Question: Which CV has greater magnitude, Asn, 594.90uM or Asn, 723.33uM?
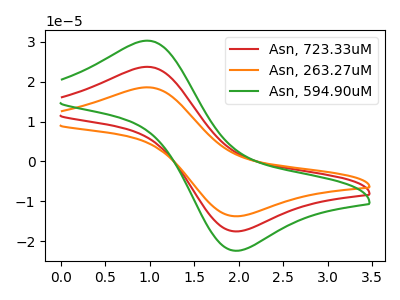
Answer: <think>The red curve "Asn, 723.33uM" has an anodic peak at (0.95V, 23.75uA) and a cathodic peak at (2.00V, -17.55uA). The orange curve "Asn, 263.27uM" has an anodic peak at (0.95V, 47.50uA) and a cathodic peak at (2.00V, -35.10uA). The green curve "Asn, 594.90uM" has an anodic peak at (0.95V, 30.30uA) and a cathodic peak at (2.00V, -22.40uA).
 All the peaks in "Asn, 594.90uM" have a peak in "Asn, 723.33uM" at the same potential. Every peak in "Asn, 594.90uM" is higher than every peak in "Asn, 723.33uM".</think>
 <answer>"Asn, 594.90uM" has more signal than "Asn, 723.33uM".</answer>
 <eval>more_signal</eval>